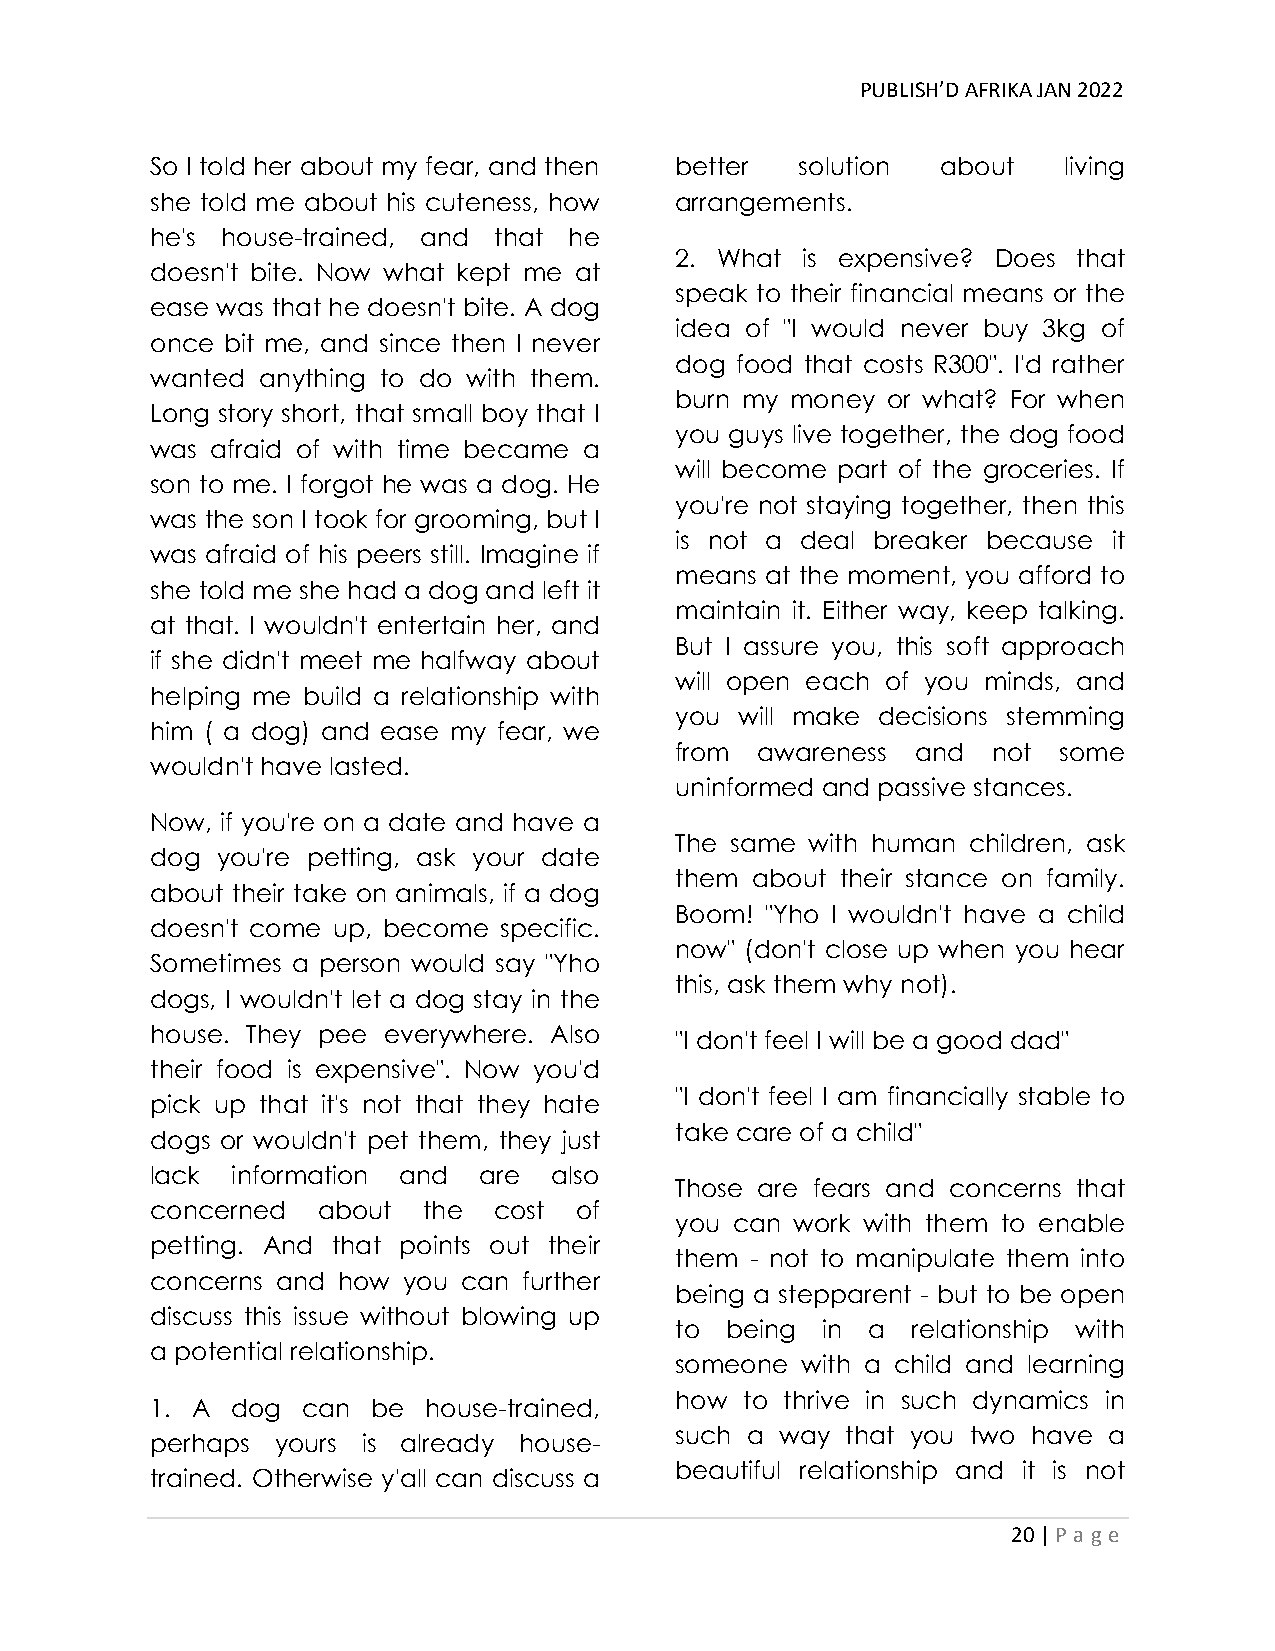
PUBLISH’D AFRIKA JAN 2022
 So I told her about my fear, and then better solution about living
 she told me about his cuteness, how arrangements.
 he's house-trained, and that he
 2. What is expensive? Does that
 doesn't bite. Now what kept me at
 speak to their financial means or the
 ease was that he doesn't bite. A dog
 idea of "I would never buy 3kg of
 once bit me, and since then I never
 dog food that costs R300". I'd rather
 wanted anything to do with them.
 burn my money or what? For when
 Long story short, that small boy that I
 you guys live together, the dog food
 was afraid of with time became a
 will become part of the groceries. If
 son to me. I forgot he was a dog. He
 you're not staying together, then this
 was the son I took for grooming, but I
 is not a deal breaker because it
 was afraid of his peers still. Imagine if
 means at the moment, you afford to
 she told me she had a dog and left it
 maintain it. Either way, keep talking.
 at that. I wouldn't entertain her, and
 But I assure you, this soft approach
 if she didn't meet me halfway about
 will open each of you minds, and
 helping me build a relationship with
 you will make decisions stemming
 him ( a dog) and ease my fear, we
 from awareness  and  not some
 wouldn't have lasted.
 uninformed and passive stances.
 Now, if you're on a date and have a
 The same with human children, ask
 dog you're petting, ask your date
 them about their stance on family.
 about their take on animals, if a dog
 Boom! "Yho I wouldn't have a child
 doesn't come up, become specific.
 now" (don't close up when you hear
 Sometimes a person would say "Yho
 this, ask them why not).
 dogs, I wouldn't let a dog stay in the
 house. They pee everywhere. Also
 "I don't feel I will be a good dad"
 their food is expensive". Now you'd
 "I don't feel I am financially stable to
 pick up that it's not that they hate
 take care of a child"
 dogs or wouldn't pet them, they just
 lack information and  are  also
 Those are fears and concerns that
 concerned  about  the  cost of
 you can work with them to enable
 petting. And that points out their
 them - not to manipulate them into
 concerns and how you can further
 being a stepparent - but to be open
 discuss this issue without blowing up
 to being in  a relationship with
 a potential relationship.
 someone with a child and learning
 how to thrive in such dynamics in
 1. A dog  can  be house-trained,
 such a way that you two have a
 perhaps yours is already house-
 beautiful relationship and it is not
 trained. Otherwise y'all can discuss a
 20 | P age